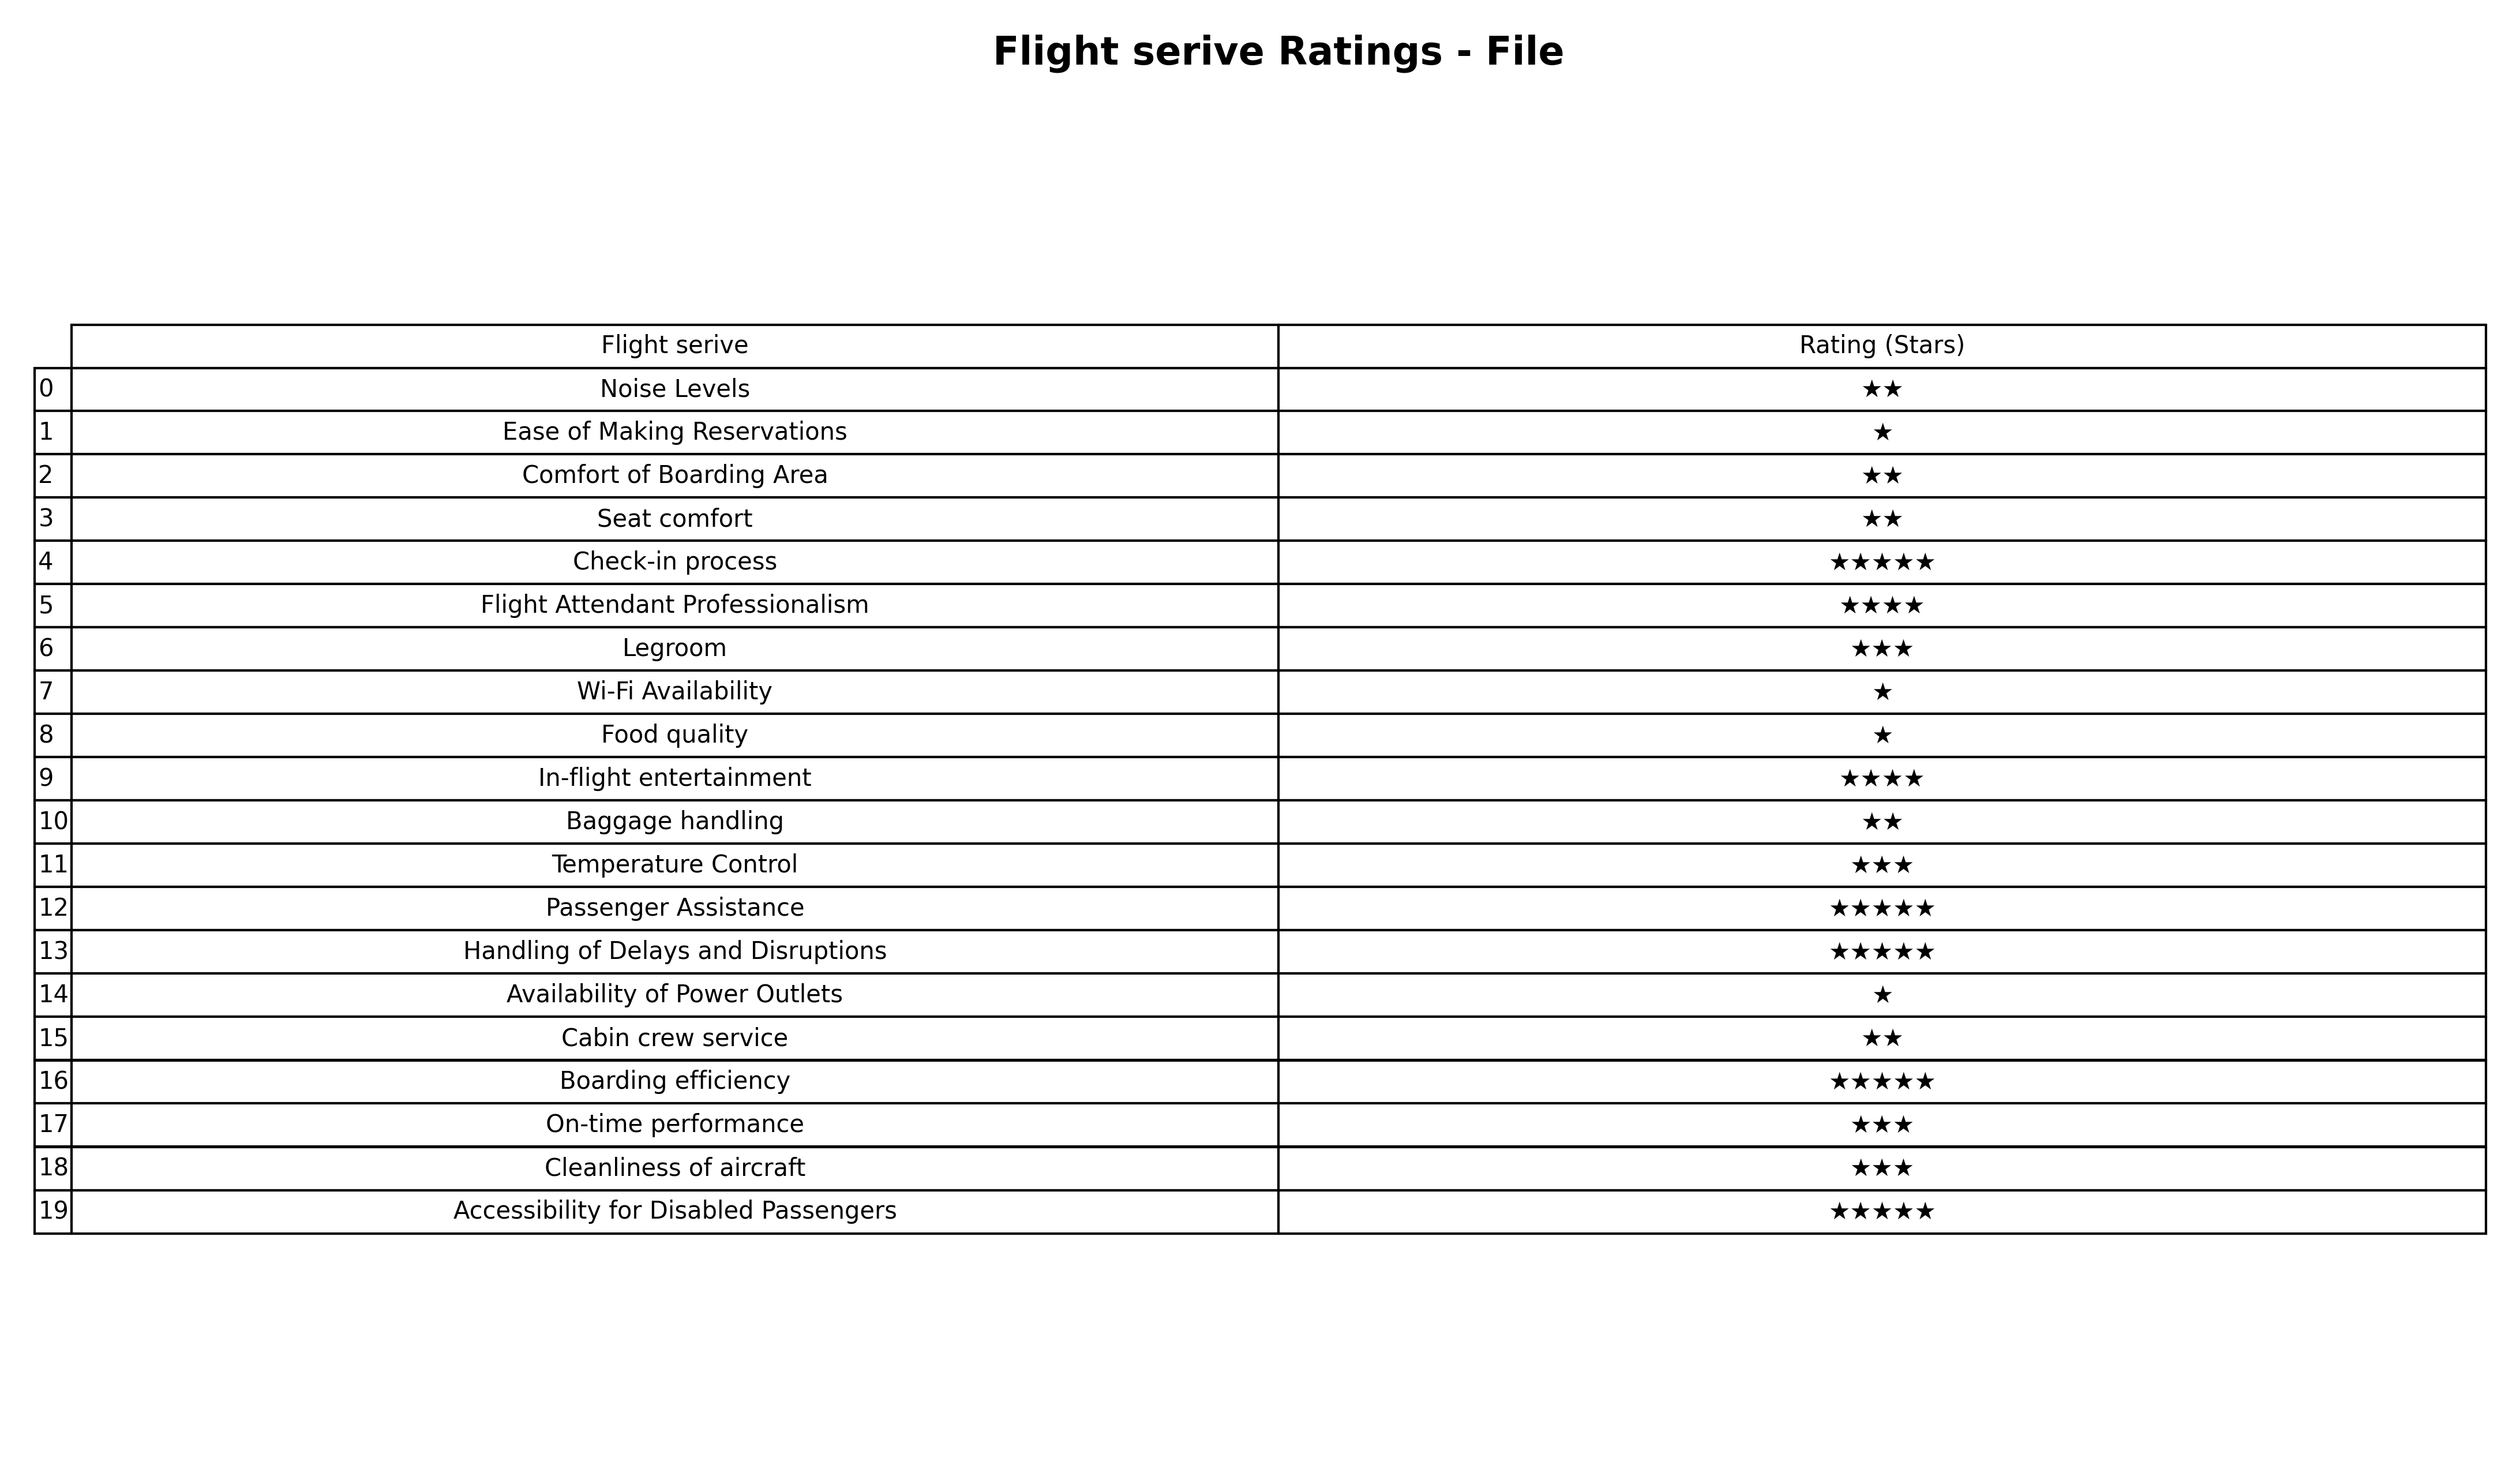
question: What are lowest rating services?
answer: Flight Attendant ProfessionalismIn-flight entertainment